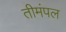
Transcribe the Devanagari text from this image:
तीमंपल